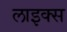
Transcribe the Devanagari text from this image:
लाइक्स